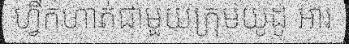
ហ្វឹកហាត់ជាមួយក្រុមយូដូ អារ